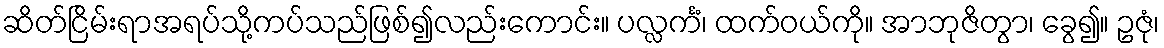
ဆိတ်ငြိမ်းရာအရပ်သို့ကပ်သည်ဖြစ်၍လည်းကောင်း။ ပလ္လင်္ကံ၊ ထက်ဝယ်ကို။ အာဘုဇိတွာ၊ ခွေ၍။ ဥဇုံ၊